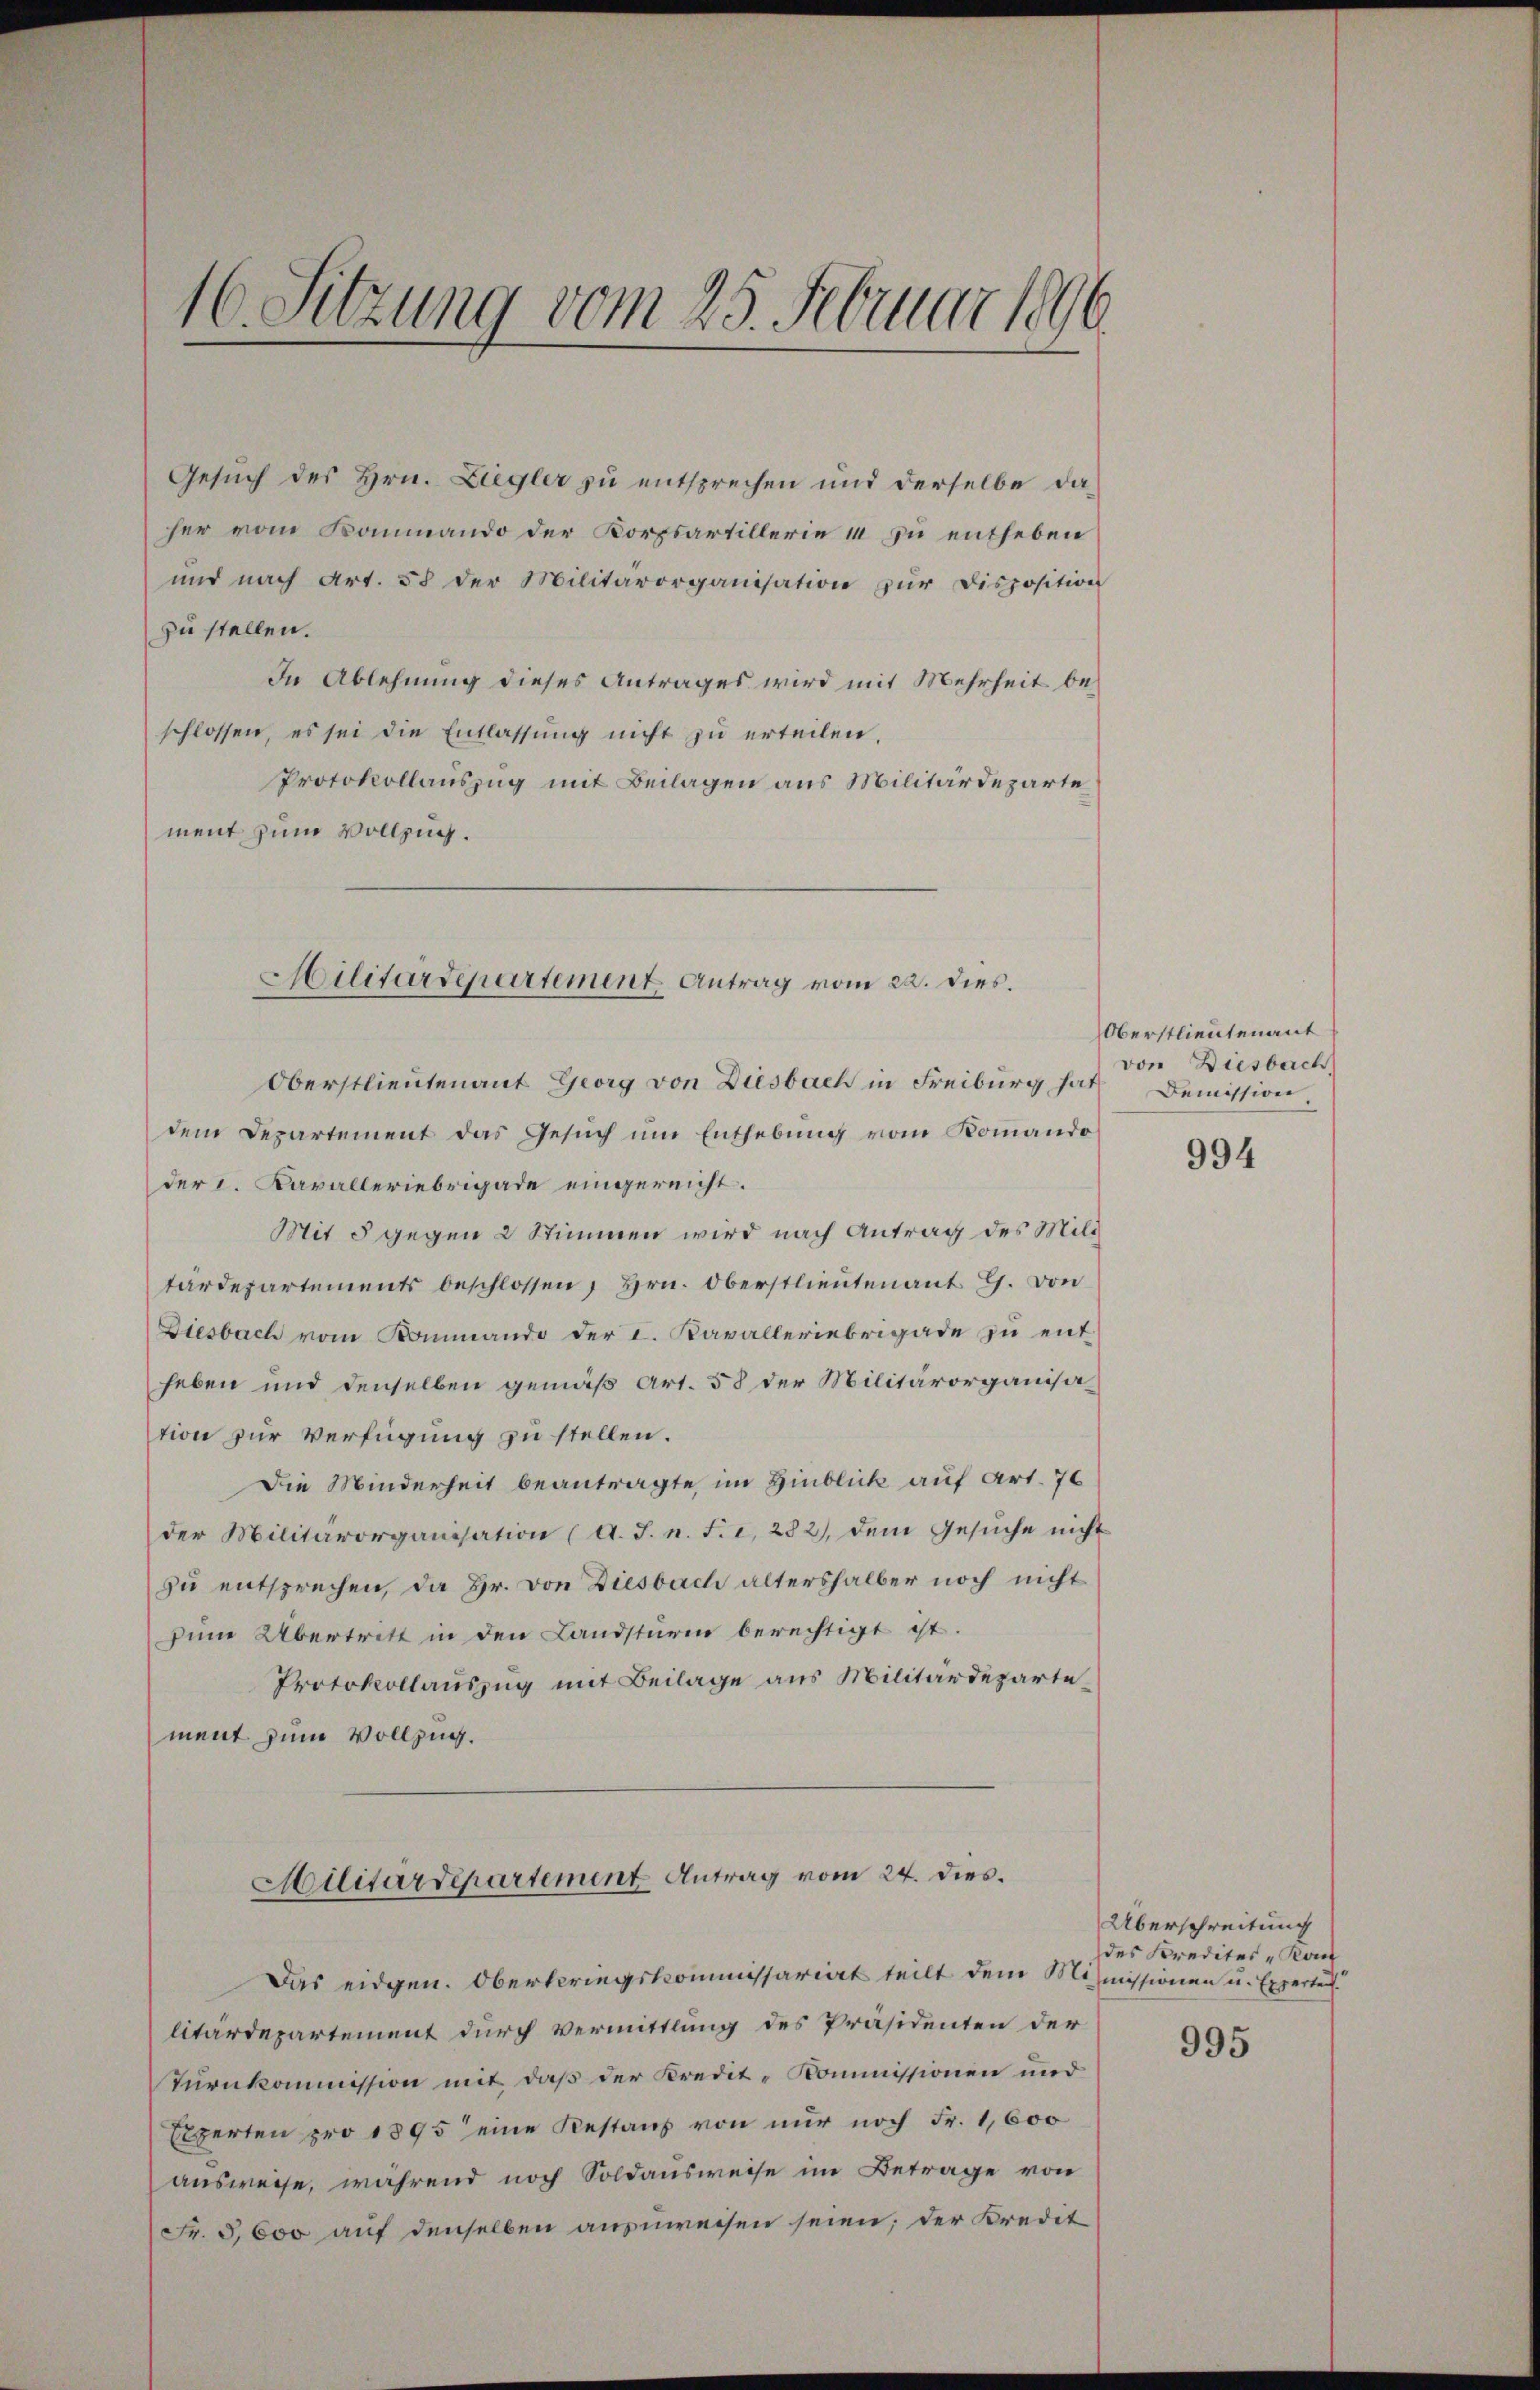
16. Sitzung vom 25. Februar 1896

Gesuch des Hrn. Liegler zu entsprechen und derselbe daher vom Kommando der Korpsartillerie 14 zu entheben
und nach Art. 58 der Militärorganisation zŭr Disposition
zu stellen.
In Ablehnung dieses Antrages wird mit Mehrheit beschlossen, es sei die Entlassŭng nicht zu erteilen,
Protokollauszug mit Beilagen aus Militärdeparte
ment zum Vollzug.

Hilitärdepartement Antrag vom 22. dies.

Oberstlieutenant Georg von Diesbach in Freiburg hat Demission
dem Departement das Gesuch um Enthebung vom Komando
der I. Karalleriebrigade eingereicht.
Mit 5 gegen 2 Stimmen wird nach Antrag des Mili
tardepartements beschlossen, Hrn. Oberstlieutenant G. von
Diesbach vom Kommando der I. Kavalleriebrigade zu entheben und denselben gemäß Art. 58 der Militärorganisation zur Verfügung zu stellen.
Die Minderheit beantragte im Hinblick auf Art. 76
der Militärorganisation (A. J. n. F. i, 282, dem Gesŭche nicht
zu entsprechen, da Hr. von Diesbach altershalber noch nicht
zim Übertritt in den Landsturm berechtigt ist.
Protokollauszug mit Beilage aus Militärdepartement zum Vollzug.
Militärdepartement Antrag vom 24. dies
Das eidgen. Obertriegskommissariat teilt dem Mismissionen u. Expertei
litärdepartement durch Vermittlung des Präsidenten der
Turnkommission mit, daß der Kredit-Kommissionen und
Elperten pro 1895 eine Restanz von nur noch Fr. 1,600
ausweise, während noch Soldausweise im Betrage von
Fr. 5,600 auf denselben anzuweisen seien; der Kredit

Oberstlieutenant
von Diesbach,

994

Überschreitung
des Kredites - Kom

995